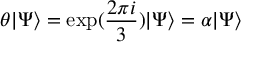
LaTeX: \theta \vert \Psi \rangle = \exp ( \frac { 2 \pi i } { 3 } ) \vert \Psi \rangle = \alpha \vert \Psi \rangle